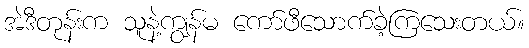
အဲဒီတုန်းက သူနဲ့ကျွန်မ ကော်ဖီသောက်ခဲ့ကြသေးတယ်။